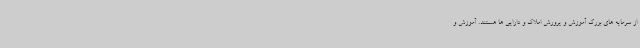
از سرمایه های بزرگ آموزش و پرورش املاک و دارایی ها هستند. آموزش و